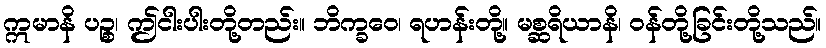
ဣမာနိ ပဉ္စ၊ ဤငါးပါးတို့တည်း။ ဘိက္ခဝေ၊ ရဟန်းတို့။ မစ္ဆရိယာနိ၊ ဝန်တို့ခြင်းတို့သည်။